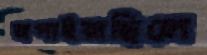
জপাইয়াছিলে